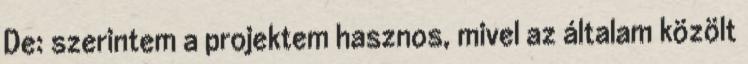
De: szerintem a projektem hasznos, mivel az általam közölt